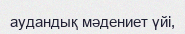
аудандық мәдениет үйі,